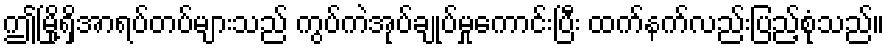
ဤမြို့ရှိအာရပ်တပ်များသည် ကွပ်ကဲအုပ်ချုပ်မှုကောင်းပြီး ထက်နက်လည်းပြည့်စုံသည်။